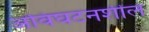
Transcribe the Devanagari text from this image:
अविघटनशील